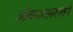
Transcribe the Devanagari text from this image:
आेंबळसारखी